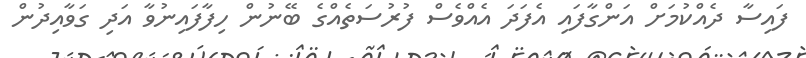
ފައިސާ ދެއްކުމަށް އަންގާފައި އެފަދަ އެއްވެސް ފުރުސަތެއްގެ ބޭނުން ހިފާފައިނުވާ އަދި ގަވާއިދުން